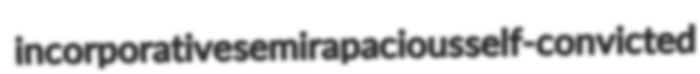
incorporative semirapacious self-convicted